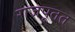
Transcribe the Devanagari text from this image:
राजपूतत